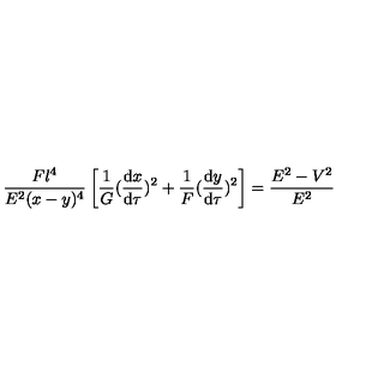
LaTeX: \frac { F l ^ { 4 } } { E ^ { 2 } ( x - y ) ^ { 4 } } \left[ \frac { 1 } { G } ( \frac { \mathrm { d } x } { \mathrm { d } \tau } ) ^ { 2 } + \frac { 1 } { F } ( \frac { \mathrm { d } y } { \mathrm { d } \tau } ) ^ { 2 } \right] = \frac { E ^ { 2 } - V ^ { 2 } } { E ^ { 2 } }